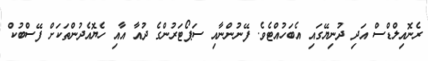
ރެނޮއިލްޑްސް އަދި ދުނިޔޭގައި އެބަހުއްޓެވެ. ފޭނުންނާއި ސަޕޯޓަރުންގެ ދުއާ އާއި ހެޔޮއެދުންތަކަށް ފޭސްބުކް